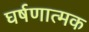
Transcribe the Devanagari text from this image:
घर्षणात्मक